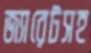
জ্যারেটসহ